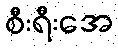
စီးရီးအေ